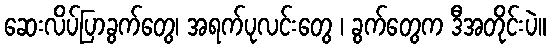
ဆေးလိပ်ပြာခွက်တွေ၊ အရက်ပုလင်းတွေ ၊ ခွက်တွေက ဒီအတိုင်းပဲ။